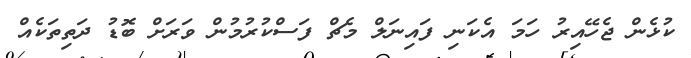
ކުޅެން ޖެހޭއިރު ހަމަ އެކަނި ފައިނަލް މެޗް ފަސްކުރުމުން ވަރަށް ބޮޑު ދަތިތަކެއް